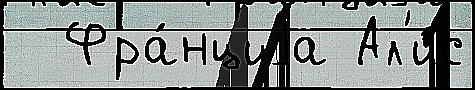
  Фра́нциjа Ал'и́с